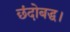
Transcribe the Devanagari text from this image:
छंदोबद्ध।